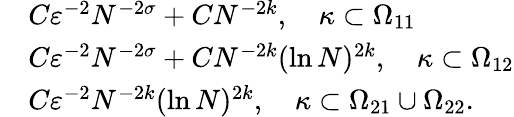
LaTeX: \begin{array}{rl}&{C\varepsilon^{-2}N^{-2\sigma}+CN^{-2k},\quad\kappa\subset\Omega_{11}}\\ &{C\varepsilon^{-2}N^{-2\sigma}+CN^{-2k}(\ln N)^{2k},\quad\kappa\subset\Omega_{12}}\\ &{C\varepsilon^{-2}N^{-2k}(\ln N)^{2k},\quad\kappa\subset\Omega_{21}\cup\Omega_{22}.}\end{array}